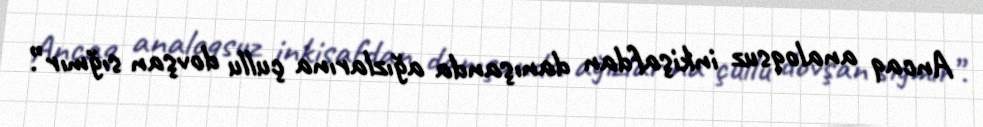
Ancaq analoqsuz inkişafdan danışanda ağızlarına çullu dovşan sığmır”.